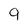
Character: 9